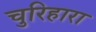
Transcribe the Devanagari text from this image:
चुरिहारा